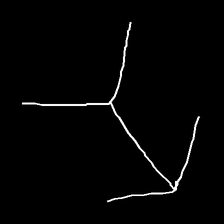
Glyph: gather